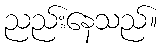
ညည်းနေသည်။